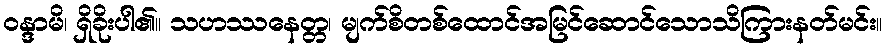
ဝန္ဒာမိ၊ ရှိခိုးပါ၏။ သဟဿနေတ္တ၊ မျက်စိတစ်ထောင်အမြင်ဆောင်သောသိကြားနတ်မင်း။